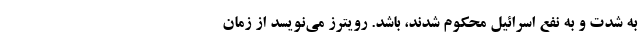
به شدت و به نفع اسرائیل محکوم شدند، باشد. رویترز می‌نویسد از زمان